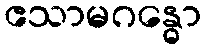
ဧသာမဂန္ဓော